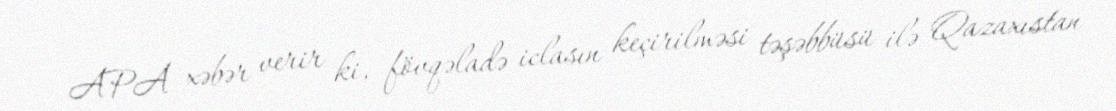
APA xəbər verir ki, fövqəladə iclasın keçirilməsi təşəbbüsü ilə Qazaxıstan